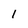
Character: 1